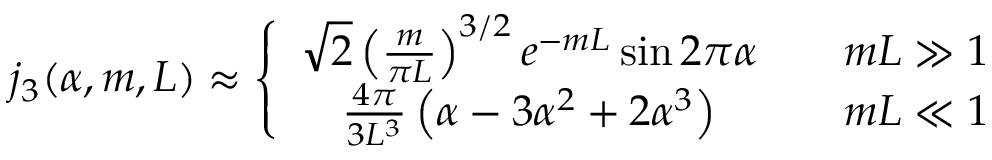
j _ { 3 } ( \alpha , m , L ) \approx \left\{ \begin{array} { c c } { { \sqrt { 2 } \left( \frac { m } { \pi L } \right) ^ { 3 / 2 } e ^ { - m L } \sin 2 \pi \alpha } } & { { \quad m L \gg 1 } } \\ { { \frac { 4 \pi } { 3 L ^ { 3 } } \left( \alpha - 3 \alpha ^ { 2 } + 2 \alpha ^ { 3 } \right) } } & { { \quad m L \ll 1 } } \end{array} \right.